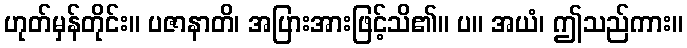
ဟုတ်မှန်တိုင်း။ ပဇာနာတိ၊ အပြားအားဖြင့်သိ၏။ ပ။ အယံ၊ ဤသည်ကား။